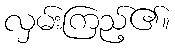
လှမ်းကြည့်၏။